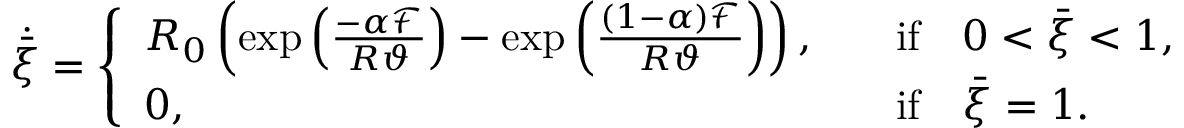
\dot { \bar { \xi } } = \left\{ \begin{array} { l l } { R _ { 0 } \left( \exp \left( \frac { - \alpha \mathcal { F } } { R \vartheta } \right) - \exp \left( \frac { ( 1 - \alpha ) \mathcal { F } } { R \vartheta } \right) \right) , } & { \quad \mathrm { i f } \quad 0 < \bar { \xi } < 1 , } \\ { 0 , } & { \quad \mathrm { i f } \quad \bar { \xi } = 1 . } \end{array} \right.